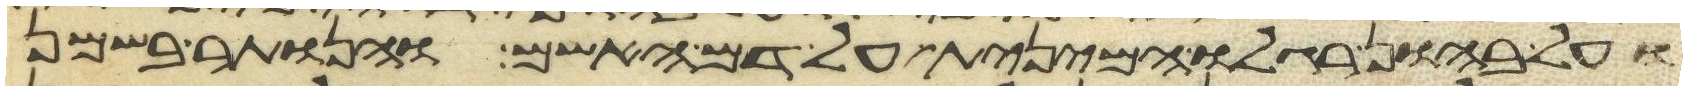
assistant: ועל בהון רגלו הימנית על דם האשם והנותר בשמן